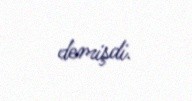
demişdi.